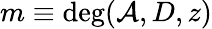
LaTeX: m\equiv\deg(\mathcal{A},D,z)